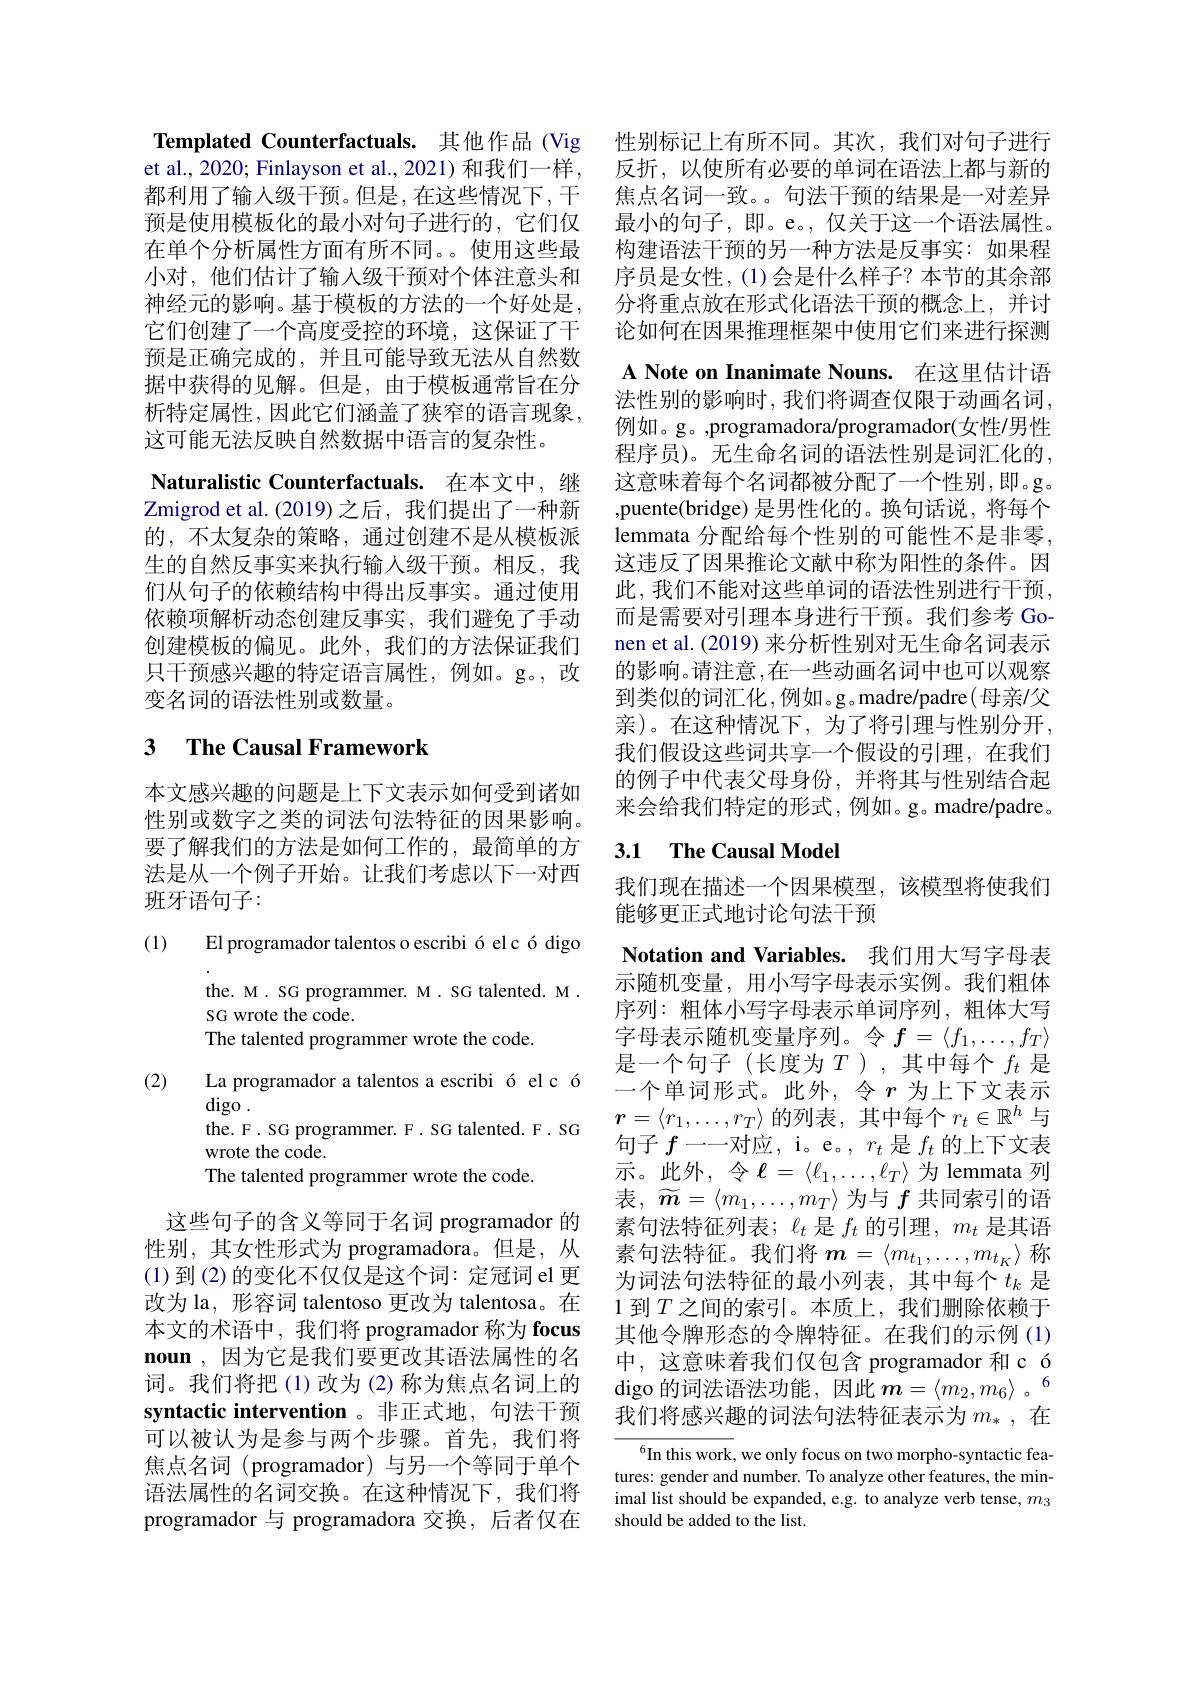
Templated Counterfactuals. 其他作品 (Vig 性别标记上有所不同。其次，我们对句子进行et al., 2020; Finlayson et al., 2021) 和我们一样，反折，以使所有必要的单词在语法上都与新的都利用了输入级干预。但是，在这些情况下，干 焦点名词一致。句法干预的结果是一对差异预是使用模板化的最小对句子进行的，它们仅 最小的句子，即。e。,仅关于这一个语法属性。在单个分析属性方面有所不同。。使用这些最小对，他们估计了输入级干预对个体注意头和神经元的影响。基于模板的方法的一个好处是， 它们创建了一个高度受控的环境，这保证了干预是正确完成的，并且可能导致无法从自然数据中获得的见解。但是，由于模板通常旨在分析特定属性，因此它们涵盖了狭窄的语言现象， 这可能无法反映自然数据中语言的复杂性。

Naturalistic Counterfactuals. 在本文中，继Zmigrod et al. (2019) 之后，我们提出了一种新的，不太复杂的策略，通过创建不是从模板派生的自然反事实来执行输入级干预。相反，我们从句子的依赖结构中得出反事实。通过使用依赖项解析动态创建反事实，我们避免了手动创建模板的偏见。此外，我们的方法保证我们只干预感兴趣的特定语言属性，例如。g。,改变名词的语法性别或数量。

# 3 The Causal Framework

本文感兴趣的问题是上下文表示如何受到诸如性别或数字之类的词法句法特征的因果影响。要了解我们的方法是如何工作的，最简单的方法是从一个例子开始。让我们考虑以下一对西班牙语句子：

(1)

El programador talentos o escribi óelcódigo the. M. SG programmer. M. SG talented. M. SG wrote the code.
The talented programmer wrote the code.
La programador a talentos a escribi ó elc ó
digo .
the. F. SG programmer. F. SG talented. F. SG
wrote the code.
The talented programmer wrote the code.

(2)

这些句子的含义等同于名词 programador 的性别，其女性形式为 programadora。但是，从(1)到(2)的变化不仅仅是这个词：定冠词 el 更改为 la, 形容词 talentoso 更改为 talentosa。在本文的术语中，我们将 programador 称为 focus noun ,因为它是我们要更改其语法属性的名词。我们将把(1)改为(2)称为焦点名词上的syntactic intervention 。非正式地，句法干预可以被认为是参与两个步骤。首先，我们将焦点名词 (programador)与另一个等同于单个语法属性的名词交换。在这种情况下，我们将programador 与 programadora 交换，后者仅在

构建语法干预的另一种方法是反事实：如果程序员是女性，(1)会是什么样子？本节的其余部分将重点放在形式化语法干预的概念上，并讨论如何在因果推理框架中使用它们来进行探测A Note on Inanimate Nouns. 在这里估计语法性别的影响时，我们将调查仅限于动画名词， 例如。g。,programadora/programador(女性/男性程序员)。无生命名词的语法性别是词汇化的， 这意味着每个名词都被分配了一个性别，即。g。,puente(bridge) 是男性化的。换句话说，将每个lemmata 分配给每个性别的可能性不是非零， 这违反了因果推论文献中称为阳性的条件。因此，我们不能对这些单词的语法性别进行干预， 而是需要对引理本身进行干预。我们参考 Gonen et al. (2019) 来分析性别对无生命名词表示的影响。请注意，在一些动画名词中也可以观察到类似的词汇化，例如。g。madre/padre( 母亲/父亲)。在这种情况下，为了将引理与性别分开， 我们假设这些词共享一个假设的引理，在我们的例子中代表父母身份，并将其与性别结合起来会给我们特定的形式，例如。g。madre/padre。

## 3.1 $\textbf{The Causal Model}$

我们现在描述一个因果模型，该模型将使我们
能够更正式地讨论句法干预

Notation and Variables. 我们用大写字母表示随机变量，用小写字母表示实例。我们粗体序列：粗体小写字母表示单词序列，粗体大写字母表示随机变量序列。令$f=\langle f_1,\ldots,f_T\rangle$ 是一个句子(长度为$T$ ),其中每个 $f_t$ 是一个单词形式。此外，令$r$为上下文表示$\boldsymbol{r}=\langle r_1,\ldots,r_T\rangle$的列表，其中每个$r_t\in\mathbb{R}^h$与句子$f$一一对应，i。e。, $r_t$是$f_t$的上下文表示。此外，令$\ell=\langle\ell_1,\ldots,\ell_T\rangle$为 lemmata 列表，$\widetilde{m}=\langle m_1,\ldots,m_T\rangle$为与$f$共同索引的语素句法特征列表；$\ell_t$是$f_t$的引理，$m_t$是其语素句法特征。我们将$m=\left\langle m_{t_1},\ldots,m_{t_K}\right\rangle$称为词法句法特征的最小列表，其中每个$t_k$是1 到$T$之间的索引。本质上，我们删除依赖于其他令牌形态的令牌特征。在我们的示例(1) 中，这意味着我们仅包含 programador 和c ó $\operatorname{digo}$的词法语法功能，因此$m=\langle m_2,m_6\rangle$。$^6$ 我们将感兴趣的词法句法特征表示为$m_*$,在
$^{6}$In this work, we only focus on two morpho-syntactic fea-

tures: gender and number. To analyze other features, the minimal list should be expanded, e.g. to analyze verb tense, $m_3$ should be added to the list.